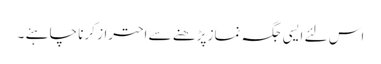
اس لئے ایسی جگہ نماز پڑھنے سے احتراز کرنا چاہئے ۔